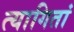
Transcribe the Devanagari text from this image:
त्यागितां